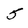
Character: 5